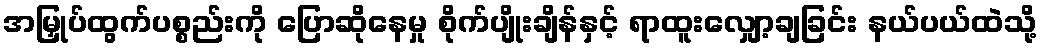
အမြှုပ်ထွက်ပစ္စည်းကို ပြောဆိုနေမှု စိုက်ပျိုးချိန်နှင့် ရာထူးလျှော့ချခြင်း နယ်ပယ်ထဲသို့